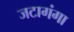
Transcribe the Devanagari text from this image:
जटागंगा